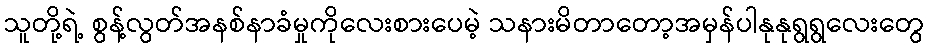
သူတို့ရဲ့ စွန့်လွတ်အနစ်နာခံမှုကိုလေးစားပေမဲ့ သနားမိတာတော့အမှန်ပါနုနုရွရွလေးတွေ